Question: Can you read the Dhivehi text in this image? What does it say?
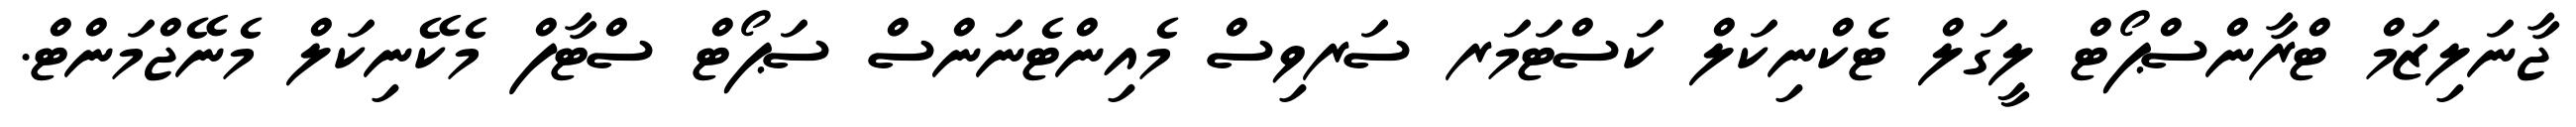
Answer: ޖާނަލިޒަމް ޓްރާންސްޕޯޓް ލީގަލް ޓެކްނިކަލް ކަސްޓަމަރ ސަރވިސް މެއިންޓެނަންސް ސަޕޯޓް ސްޓާފް މެކޭނިކަލް މެނޭޖްމަންޓް.